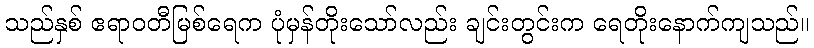
သည်နှစ် ဧရာဝတီမြစ်ရေက ပုံမှန်တိုးသော်လည်း ချင်းတွင်းက ရေတိုးနောက်ကျသည်။